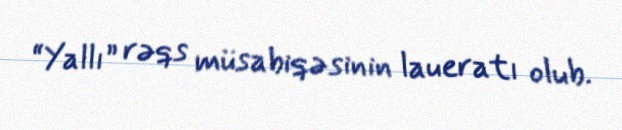
“Yallı” rəqs müsabiqəsinin laueratı olub.